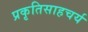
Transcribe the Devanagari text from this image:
प्रकृतिसाहचर्य